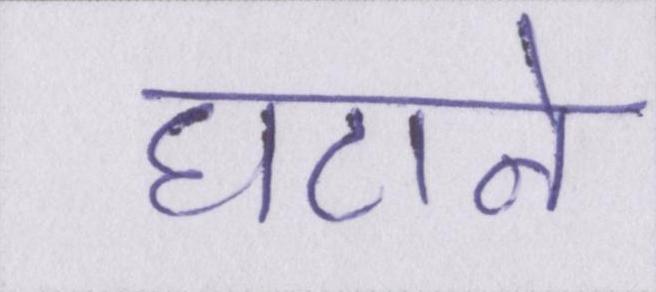
घटाने